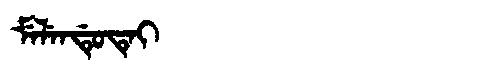
Manchu: ᠮᡝᠯᡝᠨᡩᡠᡨᡝᡳ
Romanization: MELENDUTEI